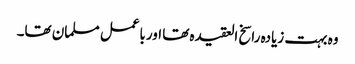
وہ بہت زیادہ راسخ العقیدہ تھا اورباعمل مسلمان تھا۔